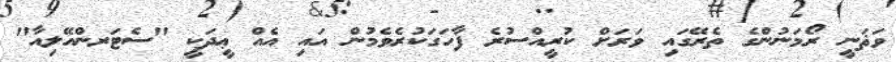
ވަޘަނީ ރޯމަނުންގެ ތެރޭގައި ވަރަށް ކުރީއްސުރެ ފާހަގަކުރެވެމުން އައި އެއް ޢީދަކީ "ސެޓަރންއޭލިއާ"